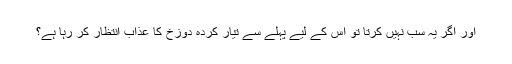
اور اگر یہ سب نہیں کرتا تو اس کے لیے پہلے سے تیار کردہ دوزخ کا عذاب انتظار کر رہا ہے؟